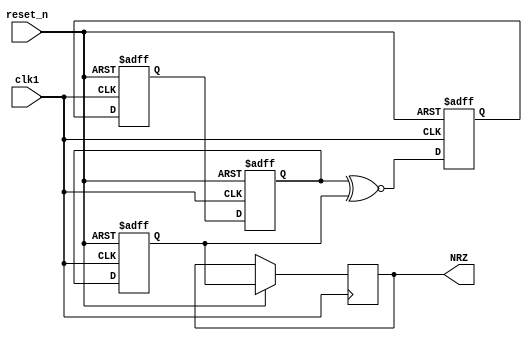
//NRZ
module NRZ1(clk1,reset_n,NRZ);

input      clk1; 
input      reset_n;
output     reg NRZ;

reg c1,c2,c3,c4;
initial c1<=1;
initial c2<=0;
initial c3<=0;
initial c4<=0;

always @(posedge clk1 or negedge reset_n )
begin
if(!reset_n)begin
  c1<=1;
  c2<=0;
  c3<=0;
  c4<=0;
	end
else
  begin
		c1<=c3^~c4;
		c2<=c1;
		c3<=c2;
		c4<=c3;
		NRZ=c4;
	end
end

endmodule